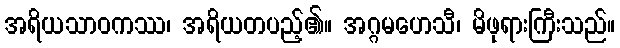
အရိယသာဝကဿ၊ အရိယတပည့်၏။ အဂ္ဂမဟေသီ၊ မိဖုရားကြီးသည်။